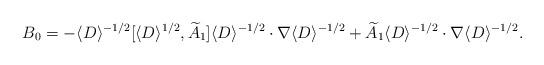
LaTeX: \begin{align*}B_0=-\langle D\rangle^{-1/2}[\langle D\rangle^{1/2},\widetilde{A}_1]\langle D\rangle^{-1/2}\cdot\nabla\langle D\rangle^{-1/2}+\widetilde{A}_1\langle D\rangle^{-1/2}\cdot\nabla\langle D\rangle^{-1/2}.\end{align*}